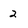
Character: 2